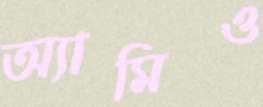
অ্যামিও